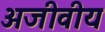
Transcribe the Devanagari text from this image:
अजीवीय